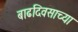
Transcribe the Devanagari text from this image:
बाढदिवसाच्या